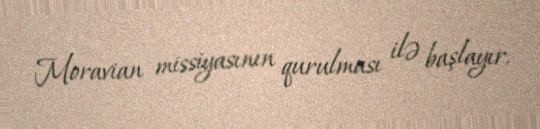
Moravian missiyasının qurulması ilə başlayır.